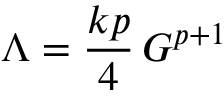
\Lambda = \frac { k p } { 4 } \, { \cal G } ^ { p + 1 }